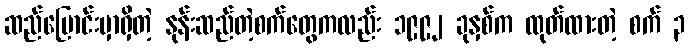
ဆည်မြောင်းမှာရှိတဲ့ နုန်းဆည်တဲ့စက်တွေကလည်း ၁၉၉၂ ခုနှစ်က ထုတ်ထားတဲ့ စက် ၃